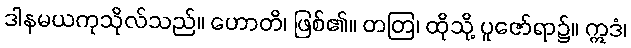
ဒါနမယကုသိုလ်သည်။ ဟောတိ၊ ဖြစ်၏။ တတြ၊ ထိုသို့ ပူဇော်ရာ၌။ ဣဒံ၊